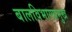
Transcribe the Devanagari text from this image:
बालविभागप्रमुख